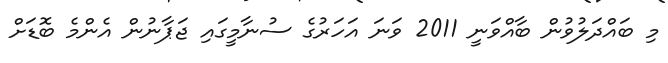
މި ބައްދަލުވުން ބާއްވަނީ 2011 ވަނަ އަހަރުގެ ސުނާމީގައި ޖަޕާނުން އެންމެ ބޮޑަށް